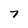
Character: 7